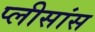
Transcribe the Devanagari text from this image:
प्लीसांस